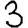
Digit: 3